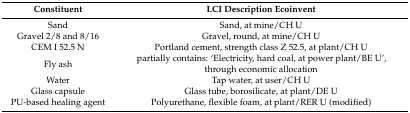
<table><thead><tr><td><b>Constituent</b></td><td><b>LCI Description Ecoinvent</b></td></tr></thead><tbody><tr><td>Sand</td><td>Sand, at mine/CH U</td></tr><tr><td>Gravel 2/8 and 8/16</td><td>Gravel, round, at mine/CH U</td></tr><tr><td>CEM I 52.5 N</td><td>Portland cement, strength class Z 52.5, at plant/CH U</td></tr><tr><td>Fly ash</td><td>partially contains: ‘Electricity, hard coal, at power plant/BE U’, through economic allocation</td></tr><tr><td>Water</td><td>Tap water, at user/CH U</td></tr><tr><td>Glass capsule</td><td>Glass tube, borosilicate, at plant/DE U</td></tr><tr><td>PU-based healing agent</td><td>Polyurethane, flexible foam, at plant/RER U (modified)</td></tr></tbody></table>